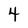
Character: 4